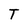
Character: T